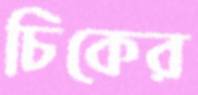
চিকের